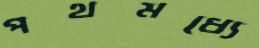
পথমধ্যে